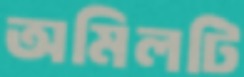
অমিলটি